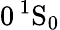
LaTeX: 0\, {}^{1}\mathrm{S}_{0}